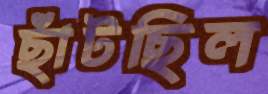
ছাঁটছিল